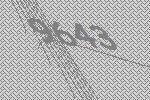
9643